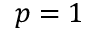
p = 1